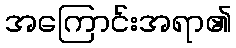
အကြောင်းအရာ၏